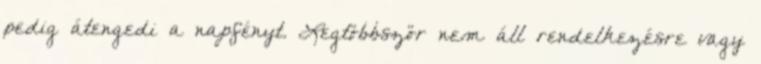
pedig átengedi a napfényt. Legtöbbször nem áll rendelkezésre vagy